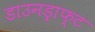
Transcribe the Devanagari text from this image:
डाउनड्राफ्ट